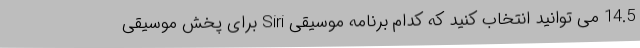
14.5 می توانید انتخاب کنید که کدام برنامه موسیقی Siri برای پخش موسیقی